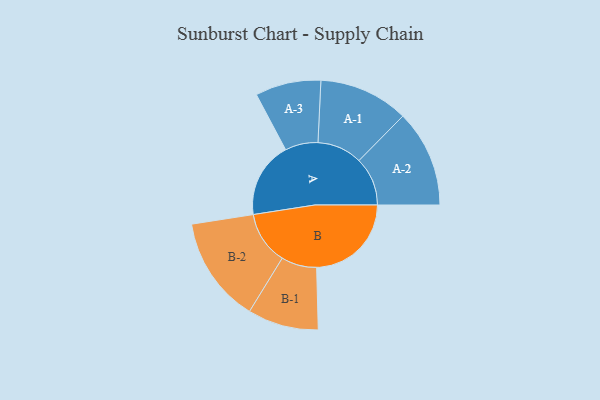
{"axis": {"x": "Segment", "y": "Value"}, "legend": ["", "A", "B"], "data": [{"x": "A", "y": 353, "type": ""}, {"x": "B", "y": 441, "type": ""}, {"x": "A-1", "y": 209, "type": "A"}, {"x": "A-2", "y": 226, "type": "A"}, {"x": "A-3", "y": 153, "type": "A"}, {"x": "B-1", "y": 165, "type": "B"}, {"x": "B-2", "y": 247, "type": "B"}]}